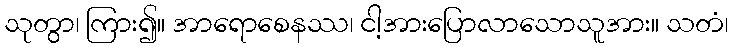
သုတွာ၊ ကြား၍။ အာရောစေနဿ၊ ငါ့အားပြောလာသောသူအား။ သတံ၊